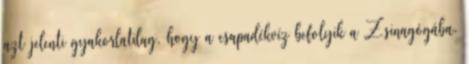
azt jelenti gyakorlatilag, hogy a csapadékvíz befolyik a Zsinagógába.